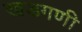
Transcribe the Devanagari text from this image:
खडगणी